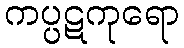
ကပ္ပဋကုရော